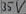
Text: 35V